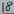
Text: 18